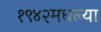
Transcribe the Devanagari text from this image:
१९४२मधल्या